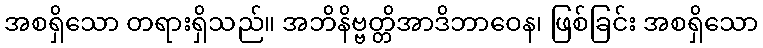
အစရှိသော တရားရှိသည်။ အဘိနိဗ္ဗတ္တိအာဒိဘာဝေန၊ ဖြစ်ခြင်း အစရှိသော